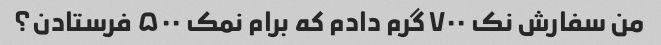
من سفارش نک ۷۰۰ گرم دادم که برام نمک ۵۰۰ فرستادن؟